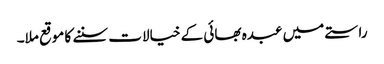
راستے میں عبدہ بھائی کے خیالات سننے کا موقع ملا۔